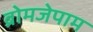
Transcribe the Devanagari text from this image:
ब्रोमजेपाम